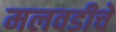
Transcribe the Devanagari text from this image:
मलवडीचे